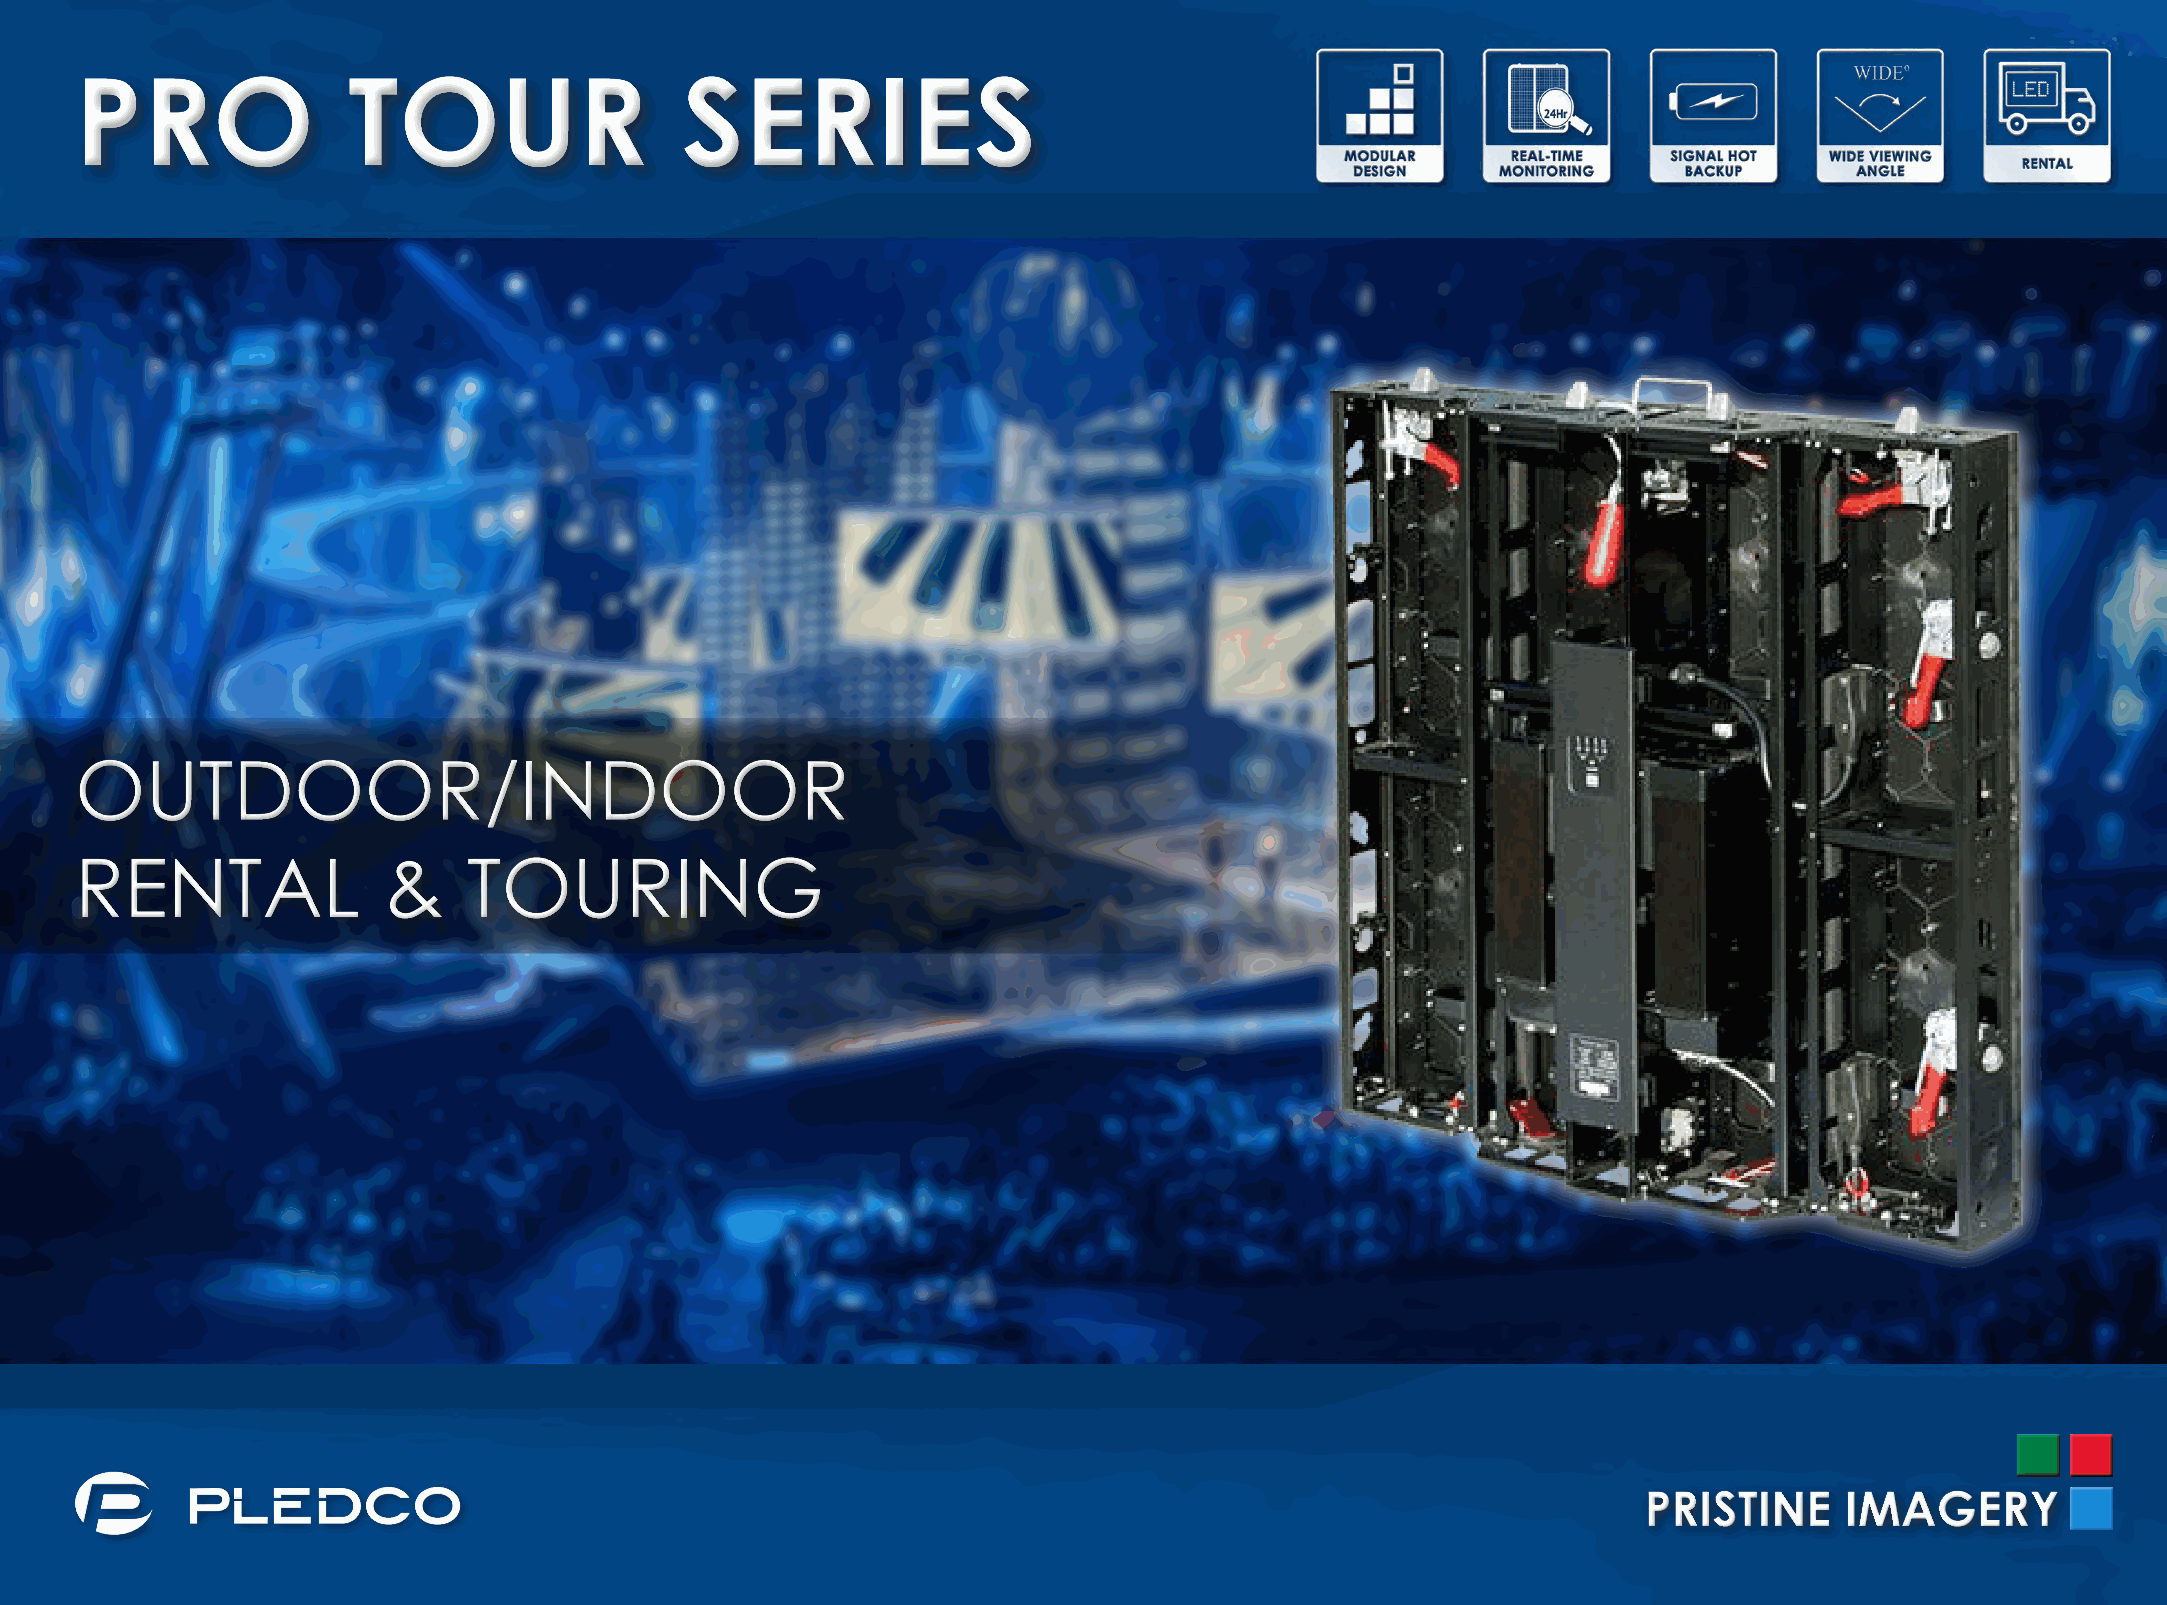
PRO               TOUR                  SERIES
 OUTDOOR/INDOOR
 RENTAL              &     TOURING
 PRISTINE     IMAGERY